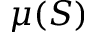
\mu ( S )